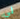
لي